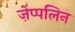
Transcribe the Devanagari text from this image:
ज़ेप्पलिन